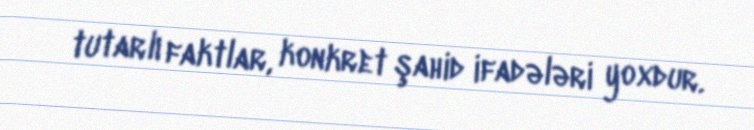
tutarlı faktlar, konkret şahid ifadələri yoxdur.